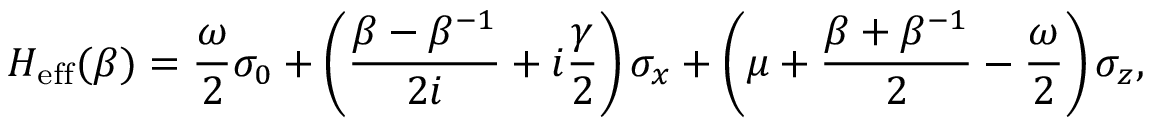
H _ { \mathrm { e f f } } ( \beta ) = \frac { \omega } { 2 } \sigma _ { 0 } + \left( \frac { \beta - \beta ^ { - 1 } } { 2 i } + i \frac { \gamma } { 2 } \right) \sigma _ { x } + \left( \mu + \frac { \beta + \beta ^ { - 1 } } { 2 } - \frac { \omega } { 2 } \right) \sigma _ { z } ,